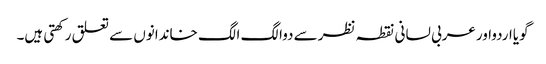
گویااردواورعربی لسانی نقطہ نظرسے دوالگ الگ خاندانوں سے تعلق رکھتی ہیں۔